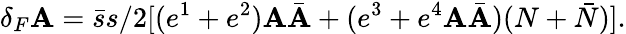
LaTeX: \delta_{F}\mathbf{A}=\bar{{s}}s/2[(e^{1}+e^{2})\mathbf{A}\bar{{\mathbf{A}}}+(e^{3}+e^{4}\mathbf{A}\bar{{\mathbf{A}}})(N+\bar{{N}})].